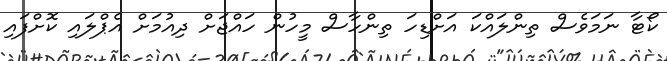
ކޯޓާ ނަމަވެސް ތިންލައްކަ އަށްޑިހަ ތިންހާސް މީހުން ހައްޖަށް ދިއުމަށް އެޕްލައި ކޮށްފައި